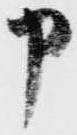
申